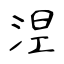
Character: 𣵀